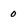
Character: 0